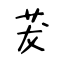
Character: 茇